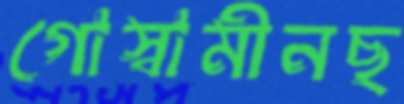
গোস্বামীনছ